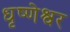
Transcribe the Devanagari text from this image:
धृष्णेश्वर